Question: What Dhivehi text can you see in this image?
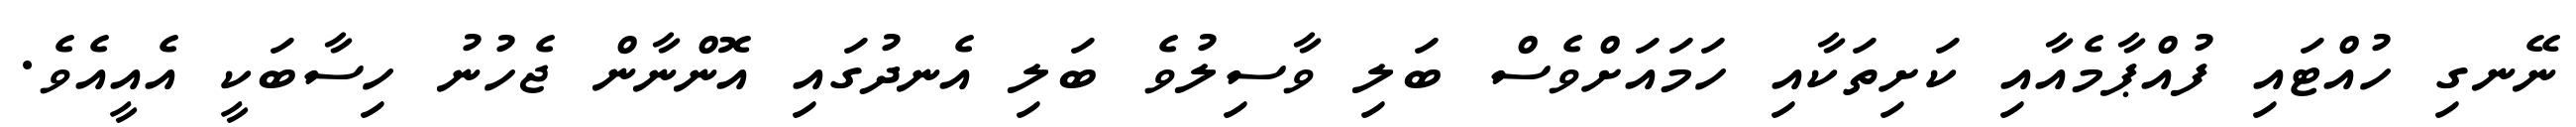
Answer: ނޭނގި ހުއްޓައި ފުއްޕާމެއާއި ކަށިތަކާއި ހަމައަށްވެސް ބަލި ވާސިލުވެ ބަލި އެނދުގައި އޮންނާން ޖެހުނު ހިސާބަކީ އެއީއެވެ.